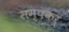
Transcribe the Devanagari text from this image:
सम्पकर्